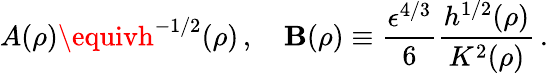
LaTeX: A(\rho)\equivh^{-1/2}(\rho)\, ,\quad\mathbf{B}(\rho)\equiv\frac{{\epsilon^{4/3}}}{{6}}\frac{{h^{1/2}(\rho)}}{{K^{2}(\rho)}}\, .